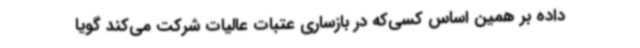
داده بر همین اساس کسی‌که در بازساری عتبات عالیات شرکت می‌کند گویا